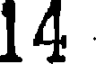
14